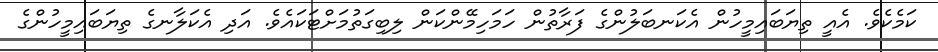
ކަމެކެވެ. އެއީ ތިޔަބައިމީހުން އެކަނބަލުންގެ ފަރާތުން ހަމަހިމޭންކަން ލިބިގަތުމަށްޓަކައެވެ. އަދި އެކަލާނގެ ތިޔަބައިމީހުންގެ